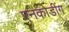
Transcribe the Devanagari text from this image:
एनकोडींग